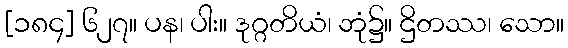
[၁၈၄] ၆၂၇။ ပန၊ ပါး။ ဒုဂ္ဂတိယံ၊ ဘုံ၌။ ဌိတဿ၊ သော။